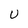
Character: u